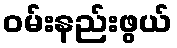
ဝမ်းနည်းဖွယ်